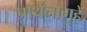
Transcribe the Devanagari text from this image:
प्रार्थनागृहे